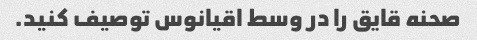
صحنه قایق را در وسط اقیانوس توصیف کنید.